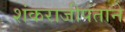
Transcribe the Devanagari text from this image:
शंकराजीपंताने